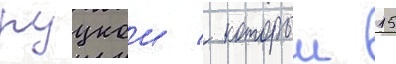
руцкои / которыи 15